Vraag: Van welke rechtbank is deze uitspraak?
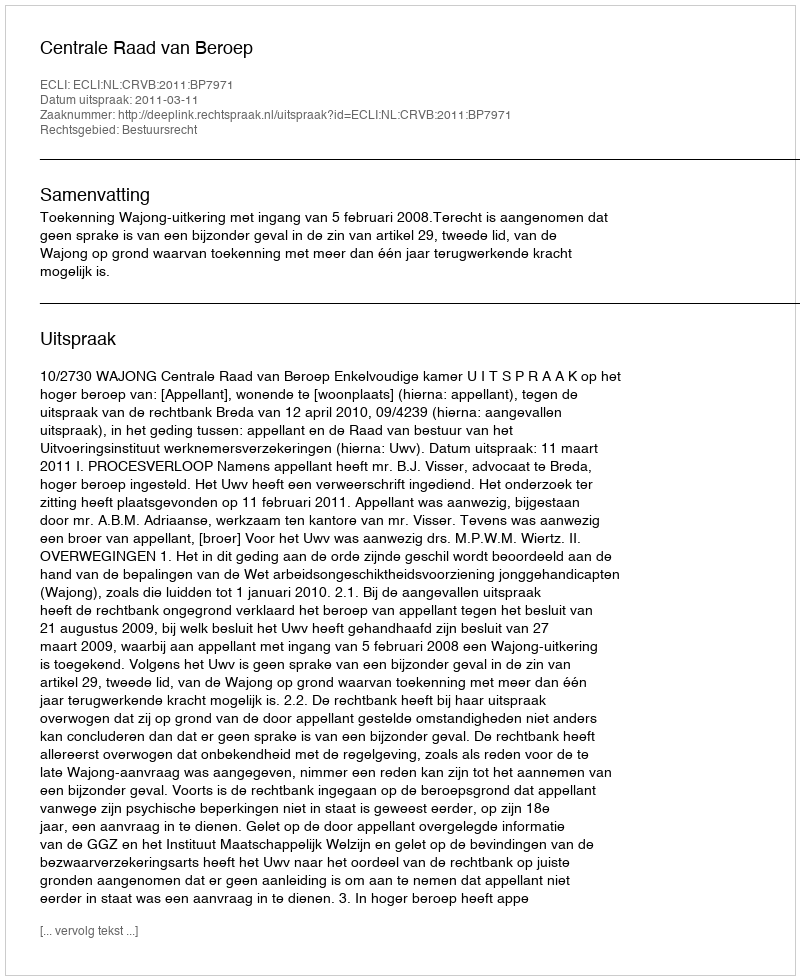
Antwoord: Centrale Raad van Beroep